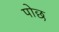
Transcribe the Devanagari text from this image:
पोछ